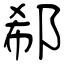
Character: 郗